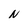
Character: N